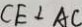
C E \bot A C